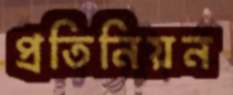
প্রতিনিয়ন